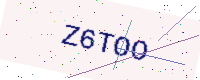
Text: Z6TOO